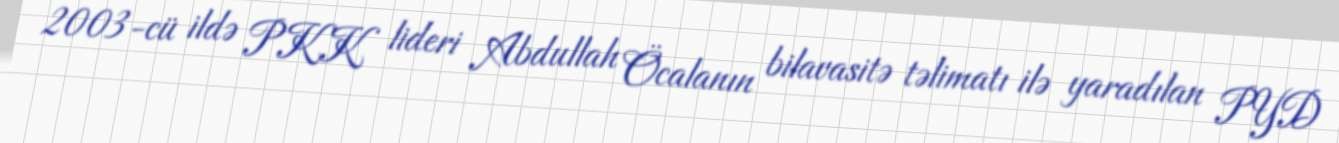
2003-cü ildə PKK lideri Abdullah Öcalanın bilavasitə təlimatı ilə yaradılan PYD